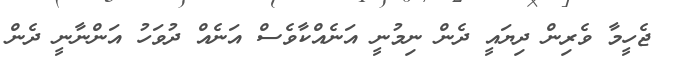
ޖެހީމާ ވެރިން ދިޔައީ ދެން ނިމުނީ އަނެއްކާވެސް އަނެއް ދުވަހު އަންނާނީ ދެން